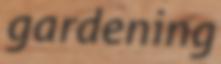
gardening